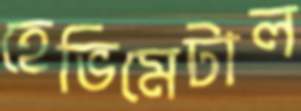
হেভিমেটাল